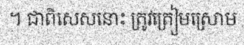
។ ជាពិសេសនោះ ត្រូវត្រៀមស្រោម